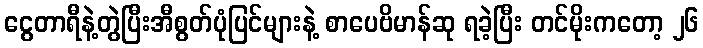
ငွေတာရီနဲ့တွဲပြီးအီစွတ်ပုံပြင်များနဲ့ စာပေဗိမာန်ဆု ရခဲ့ပြီး တင်မိုးကတော့ ၂၆